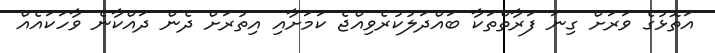
އަތޮޅުގެ ވަރަށް ގިނަ ފަރާތްތަކާ ބައްދަލުކުރެވިއްޖެ ކަމަށާއި އިތުރަށް ދެން ދައްކާނެ ވާހަކައެއް